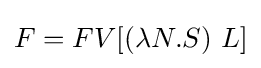
F=FV[(\lambda N.S)\ L]